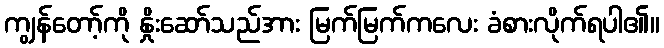
ကျွန်တော့်ကို နှိုးဆော်သည်အား မြက်မြက်ကလေး ခံစားလိုက်ရပါ၏။